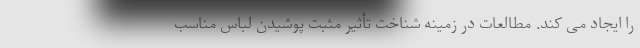
را ایجاد می کند. مطالعات در زمینه شناخت تأثیر مثبت پوشیدن لباس مناسب